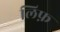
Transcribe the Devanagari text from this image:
लिफ़